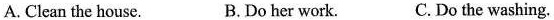
A. Clean the house. B.Do her work. C.Do the washing.